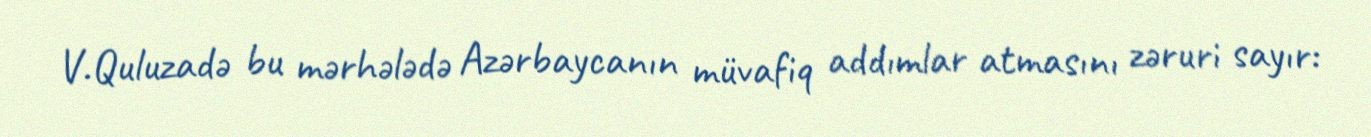
V.Quluzadə bu mərhələdə Azərbaycanın müvafiq addımlar atmasını zəruri sayır: